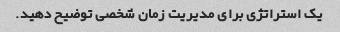
یک استراتژی برای مدیریت زمان شخصی توضیح دهید.